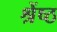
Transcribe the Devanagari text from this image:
श्रेंष्ठ